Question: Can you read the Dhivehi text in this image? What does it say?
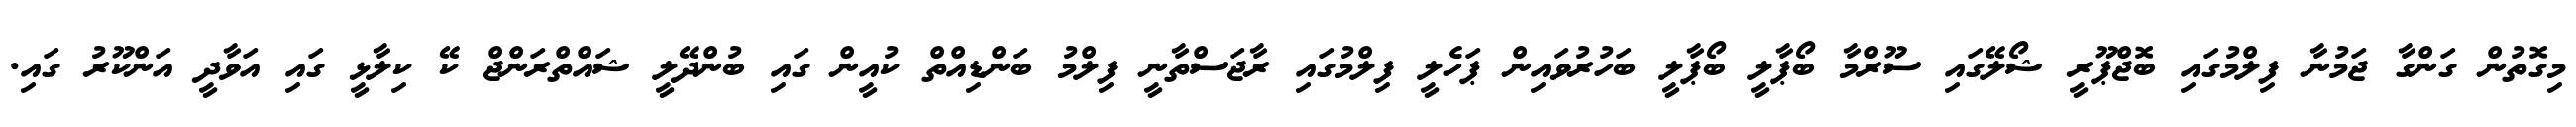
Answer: މިގޮތުން ގަންގާ ޖަމުނާ ފިލްމުގައި ބޮޖްޕޫރީ ޝޯލޭގައި ސޫރްމާ ބޯޕާލީ ބޯޕާލީ ބަހުރުވައިން ޕަހެލީ ފިލްމުގައި ރާޖަސްތާނީ ފިލްމު ބަންޑިއްތް ކުއީން ގައި ބުންދޭލީ ޝައްތްރަންޖް ކޭ ކިލާޅީ ގައި އަވާދީ އަންކޫރު ގައި.